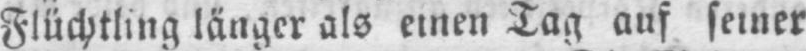
Flüchtling länger als einen Tag auf seiner